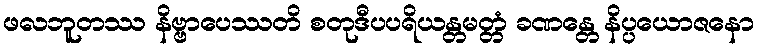
ဖလဘူတဿ နိဗ္ဗာပေဿတိ စတုဒီပပရိယန္တမတ္တံ ခဏန္တေ နိပ္ပယောဇနော